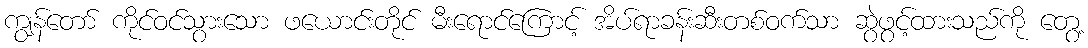
ကျွန်တော် ကိုင်ဝင်သွားသော ဖယောင်းတိုင် မီးရောင်ကြောင့် အိပ်ရာခန်းဆီးတစ်ဝက်သာ ဆွဲဖွင့်ထားသည်ကို တွေ့